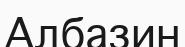
Албазин